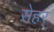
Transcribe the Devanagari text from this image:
सेहर्